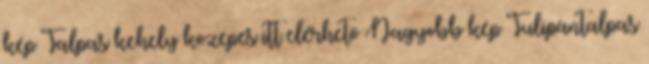
kép Talpas kehely közepes itt elérhető Nagyobb kép Tulipántalpas